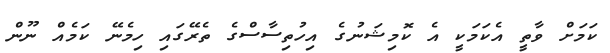
ކަމަށް ވާތީ އެކަމަކީ އެ ކޮމިޝަނުގެ އިހުތިސާސްގެ ތެރޭގައި ހިމެނޭ ކަމެއް ނޫން